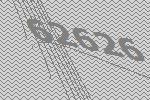
62626